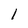
Character: l